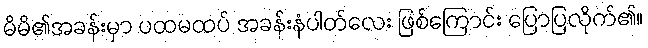
မိမိ၏အခန်းမှာ ပထမထပ် အခန်းနံပါတ်လေး ဖြစ်ကြောင်း ပြောပြလိုက်၏။